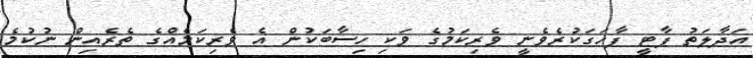
އަދާލަތު ޕާޓީ ފާހަގަކުރެވެނީ ވެރިކަމުގެ ވަކި ހިސާބަކުން އެ ވެރިކަމެއްގެ ތެރެއިން ނުކުމެ